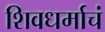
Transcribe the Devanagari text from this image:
शिवधर्माचं